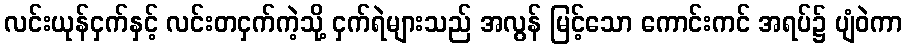
လင်းယုန်ငှက်နှင့် လင်းတငှက်ကဲ့သို့ ငှက်ရဲများသည် အလွန် မြင့်သော ကောင်းကင် အရပ်၌ ပျံဝဲကာ